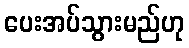
ပေးအပ်သွားမည်ဟု